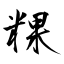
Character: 粿